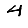
Digit: 4